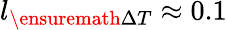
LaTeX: l_{\ensuremath{\Delta T}}\approx 0.1